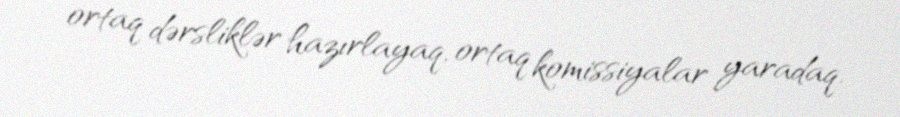
ortaq dərsliklər hazırlayaq, ortaq komissiyalar yaradaq.